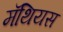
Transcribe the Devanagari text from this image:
मॅथियस